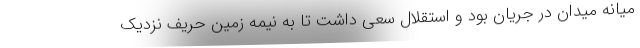
میانه میدان در جریان بود و استقلال سعی داشت تا به نیمه زمین حریف نزدیک